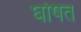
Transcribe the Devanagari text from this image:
घोषत